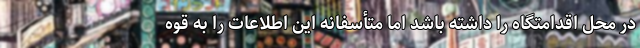
در محل اقدامتگاه را داشته باشد اما متأسفانه این اطلاعات را به قوه